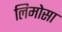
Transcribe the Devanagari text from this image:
लिमोसा